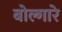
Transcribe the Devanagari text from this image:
बोल्गारे